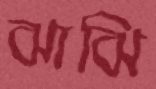
ঝাঝি